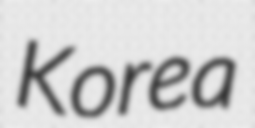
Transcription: Korea